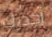
أحذرك